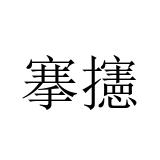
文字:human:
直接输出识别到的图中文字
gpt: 搴攇